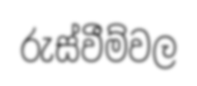
රුස්වීම්වල